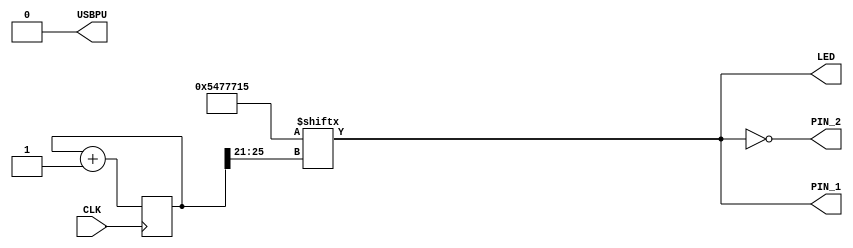
// FPGA
// Coded by Konstantinos Xynos (2020)
// MIT License 
//
// look in pins.pcf for all the pin names on the TinyFPGA BX board
module out_pin_not (
    input CLK,    // 16MHz clock
    output PIN_1,
    output PIN_2,
    output LED,   // User/boot LED next to power LED
    output USBPU  // USB pull-up resistor

);
    // drive USB pull-up resistor to '0' to disable USB
    assign USBPU = 0;

    ////////
    // make a simple blink circuit
    ////////

    // keep track of time and location in blink_pattern
    reg [25:0] blink_counter;

    // pattern that will be flashed over the LED over time
    wire [31:0] blink_pattern = 32'b101010001110111011100010101;

    // increment the blink_counter every clock
    always @(posedge CLK) begin
        blink_counter <= blink_counter + 1;
    end

    // light up the LED according to the pattern
    assign LED = blink_pattern[blink_counter[25:21]];

    // send the blink_pattern to PIN_1
    assign PIN_1 = blink_pattern[blink_counter[25:21]];
    assign PIN_2 = !blink_pattern[blink_counter[25:21]];

endmodule